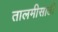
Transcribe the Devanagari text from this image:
तालमीसाठी